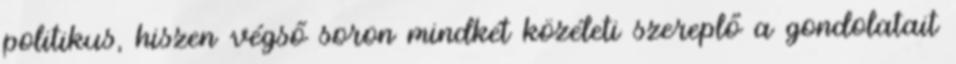
politikus, hiszen végső soron mindkét közéleti szereplő a gondolatait